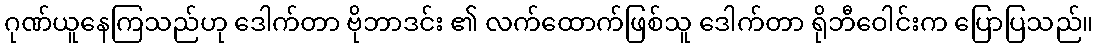
ဂုဏ်ယူနေကြသည်ဟု ဒေါက်တာ ဗိုဘာဒင်း ၏ လက်ထောက်ဖြစ်သူ ဒေါက်တာ ရိုဘီဝေါင်းက ပြောပြသည်။